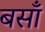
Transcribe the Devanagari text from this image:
बसाँ